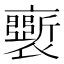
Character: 𧞗